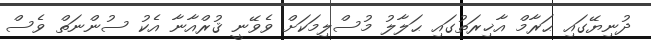
ދުނިޔޭގައި ޙަރާމް އާޚިރަތުގައި ޙަލާލު މުސްލިމަކަށް ވެވޭނީ ޤުރްއާނާ އެކު ސުންނަތް ވެސް